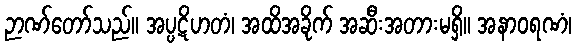
ဉာဏ်တော်သည်။ အပ္ပဋိဟတံ၊ အထိအခိုက် အဆီးအတားမရှိ။ အနာဝရဏံ၊